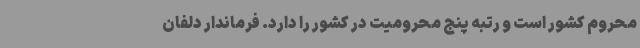
محروم کشور است و رتبه پنج محرومیت در کشور را دارد. فرماندار دلفان